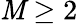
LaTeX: \mathit{M}\geq2